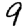
Digit: 9